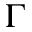
\Gamma